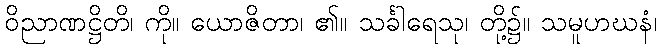
ဝိညာဏဋ္ဌိတိ၊ ကို။ ယောဇိတာ၊ ၏။ သင်္ခါရေသု၊ တို့၌။ သမူဟဃနံ၊